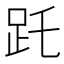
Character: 𧿌